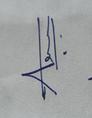
Signature authenticity: genuine